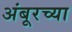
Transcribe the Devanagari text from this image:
अंबूरच्या